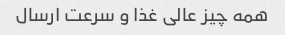
همه چیز عالی غذا و سرعت ارسال